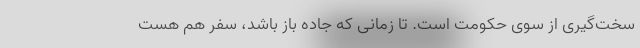
سخت‌گیری از سوی حکومت است. تا زمانی که جاده باز باشد، سفر هم هست